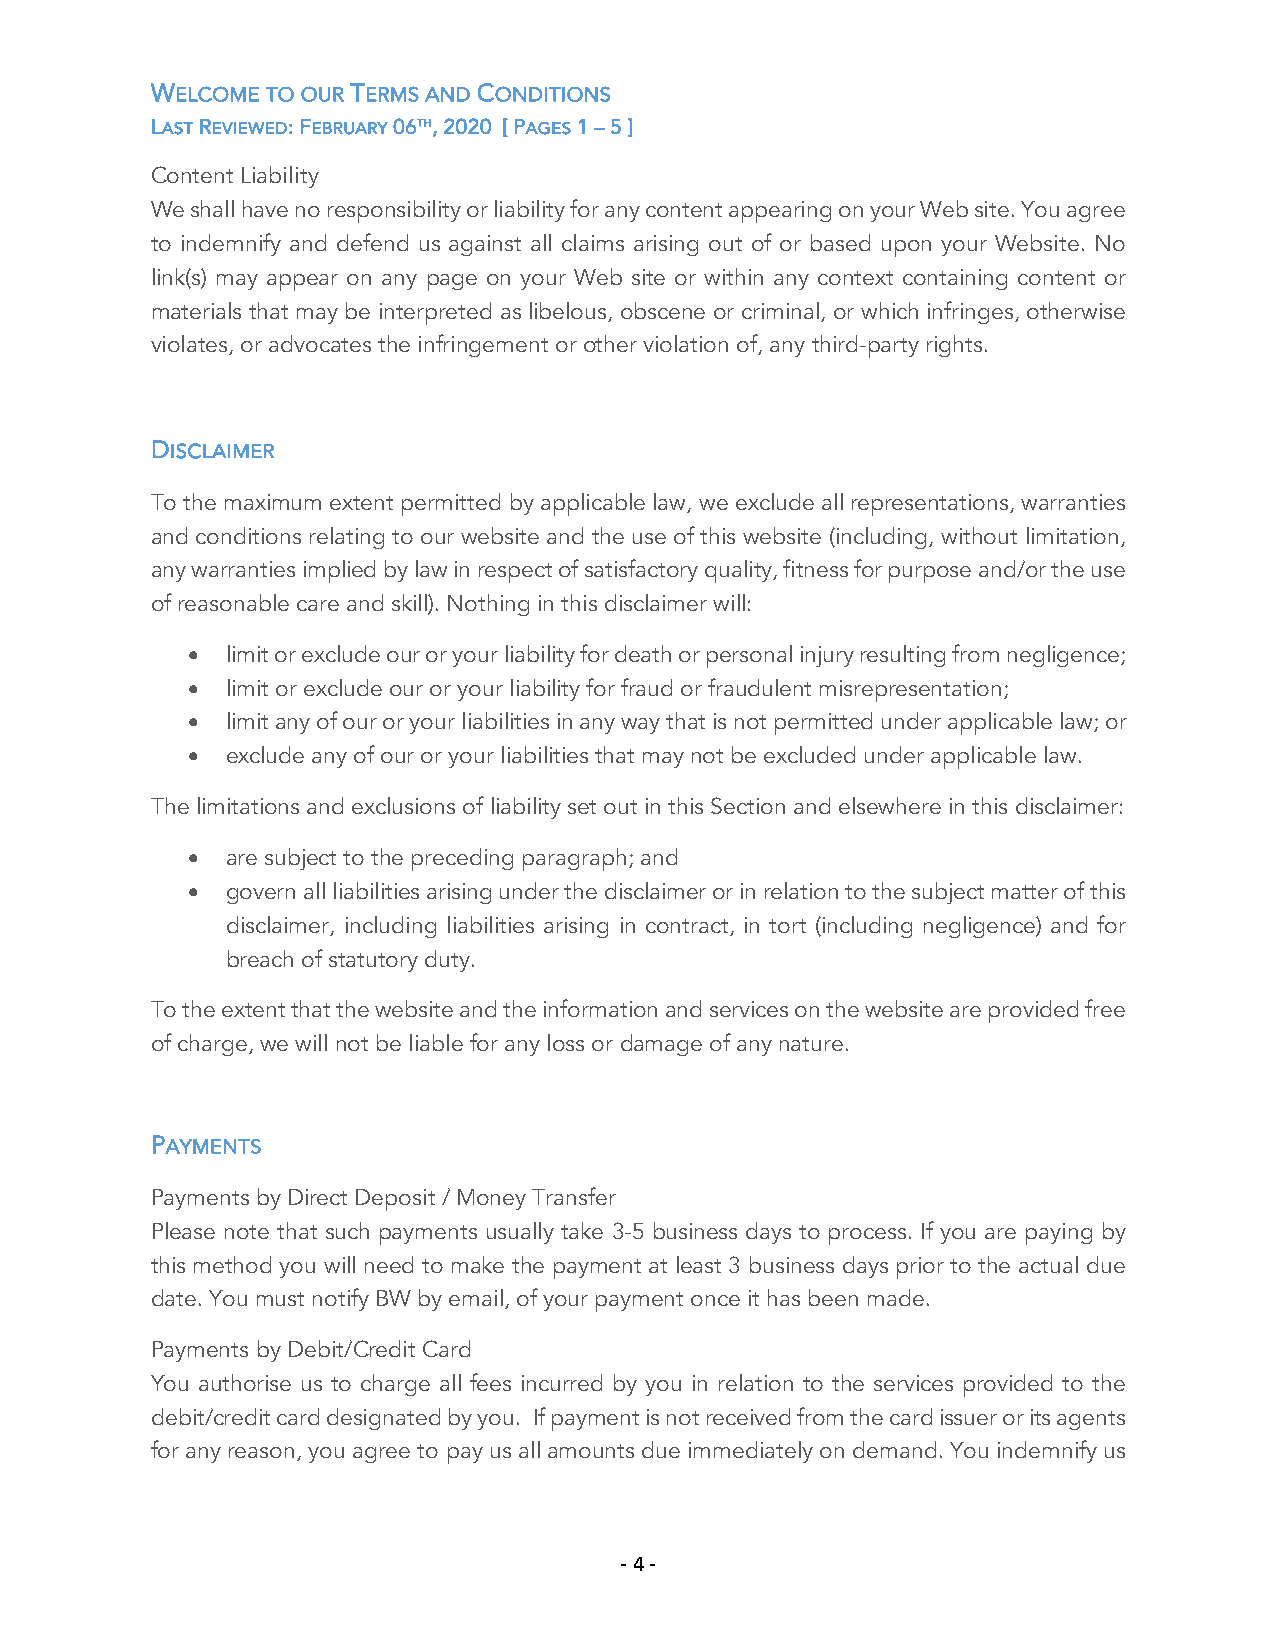
WELCOME TO OUR TERMS AND CONDITIONS
 LAST REVIEWED: FEBRUARY 06TH, 2020 [ PAGES 1 – 5 ]
 Content Liability
 We shall have no responsibility or liability for any content appearing on your Web site. You agree
 to indemnify and defend us against all claims arising out of or based upon your Website. No
 link(s) may appear on any page on your Web site or within any context containing content or
 materials that may be interpreted as libelous, obscene or criminal, or which infringes, otherwise
 violates, or advocates the infringement or other violation of, any third-party rights.
 DISCLAIMER
 To the maximum extent permitted by applicable law, we exclude all representations, warranties
 and conditions relating to our website and the use of this website (including, without limitation,
 any warranties implied by law in respect of satisfactory quality, fitness for purpose and/or the use
 of reasonable care and skill). Nothing in this disclaimer will:
 •  limit or exclude our or your liability for death or personal injury resulting from negligence;
 •  limit or exclude our or your liability for fraud or fraudulent misrepresentation;
 •  limit any of our or your liabilities in any way that is not permitted under applicable law; or
 •  exclude any of our or your liabilities that may not be excluded under applicable law.
 The limitations and exclusions of liability set out in this Section and elsewhere in this disclaimer:
 •  are subject to the preceding paragraph; and
 •  govern all liabilities arising under the disclaimer or in relation to the subject matter of this
 disclaimer, including liabilities arising in contract, in tort (including negligence) and for
 breach of statutory duty.
 To the extent that the website and the information and services on the website are provided free
 of charge, we will not be liable for any loss or damage of any nature.
 PAYMENTS
 Payments by Direct Deposit / Money Transfer
 Please note that such payments usually take 3-5 business days to process. If you are paying by
 this method you will need to make the payment at least 3 business days prior to the actual due
 date. You must notify BW by email, of your payment once it has been made.
 Payments by Debit/Credit Card
 You authorise us to charge all fees incurred by you in relation to the services provided to the
 debit/credit card designated by you. If payment is not received from the card issuer or its agents
 for any reason, you agree to pay us all amounts due immediately on demand. You indemnify us
 - 4 -